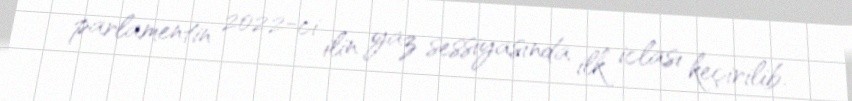
parlamentin 2022-ci ilin yaz sessiyasında ilk iclası keçirilib.